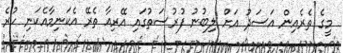
މީގެ ތެރެއިން އަސަދު އަށް ލިބުނު ފުރުސަތުގައި އޭރިއާ ތެރޭ އެކަނިމާއެކަނި ހުރެ